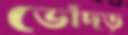
ভোঁদড়